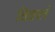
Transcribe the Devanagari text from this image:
विकलं